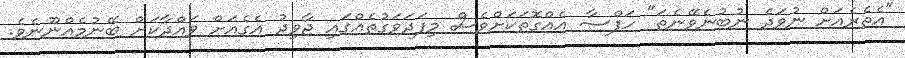
"އެތެރެއަށް ނުވަދެ ނުބުނެވޭނެތަ" ހަފްސާ އެއްގޮތަކަށްވެސް މިފަދަވަގުތެއްގައި ޖާވިދު އެގެއަށް ވައްދާކަށް ބޭނުމެއްނޫނެވެ.